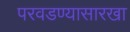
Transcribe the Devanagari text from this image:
परवडण्यासारखा